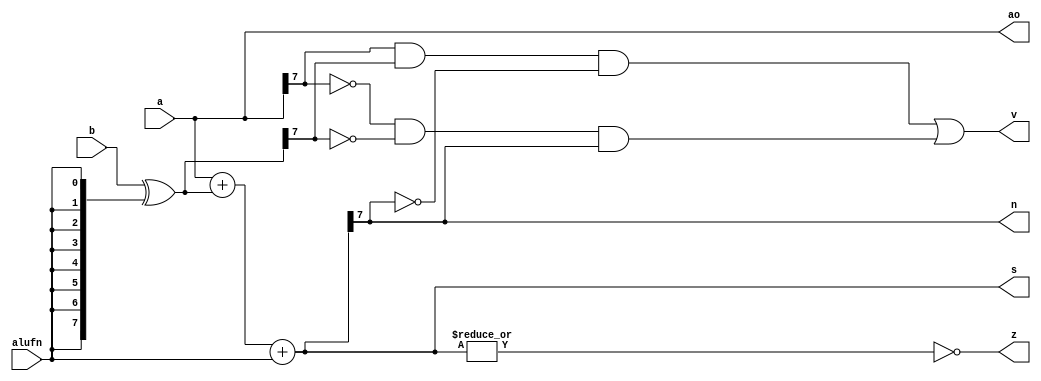
/*
   This file was generated automatically by the Mojo IDE version B1.3.6.
   Do not edit this file directly. Instead edit the original Lucid source.
   This is a temporary file and any changes made to it will be destroyed.
*/

module adder8Bit_12 (
    input [7:0] a,
    input [7:0] b,
    input alufn,
    output reg z,
    output reg v,
    output reg n,
    output reg [7:0] s,
    output reg [7:0] ao
  );
  
  
  
  reg [7:0] xb;
  
  reg [7:0] sum;
  
  always @* begin
    ao = a;
    xb = b ^ {4'h8{alufn}};
    sum = a + xb + alufn;
    z = (~|sum);
    v = (a[7+0-:1] & xb[7+0-:1] & ~sum[7+0-:1]) | (~a[7+0-:1] & ~xb[7+0-:1] & sum[7+0-:1]);
    n = sum[7+0-:1];
    s = sum;
  end
endmodule